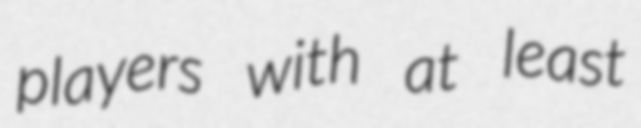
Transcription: players with at least